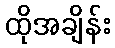
ထိုအချိန်း